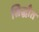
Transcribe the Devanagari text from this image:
सिद्धाँत